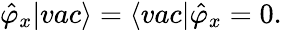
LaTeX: \hat{\varphi}_{x}|vac\rangle=\langle vac|\hat{\varphi}_{x}=0.